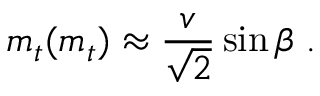
m _ { t } ( m _ { t } ) \approx { \frac { v } { \sqrt { 2 } } } \sin \beta \; .